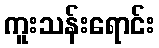
ကူးသန်းရောင်း